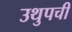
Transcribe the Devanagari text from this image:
उथुपची